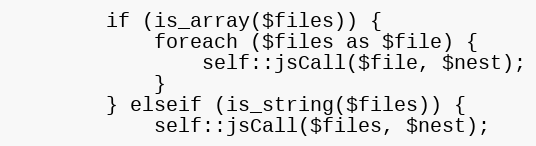
Language: PHP
        if (is_array($files)) {
            foreach ($files as $file) {
                self::jsCall($file, $nest);
            }
        } elseif (is_string($files)) {
            self::jsCall($files, $nest);